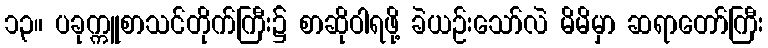
၁၃။ ပခုက္ကူစာသင်တိုက်ကြီး၌ စာဆိုဝါရဖို့ ခဲယဉ်းသော်လဲ မိမိမှာ ဆရာတော်ကြီး